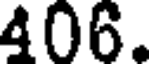
406.